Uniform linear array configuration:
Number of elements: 8
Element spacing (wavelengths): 0.25
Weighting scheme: hamming
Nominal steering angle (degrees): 15
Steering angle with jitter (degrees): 15.336
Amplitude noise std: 0.05
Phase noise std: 0.05

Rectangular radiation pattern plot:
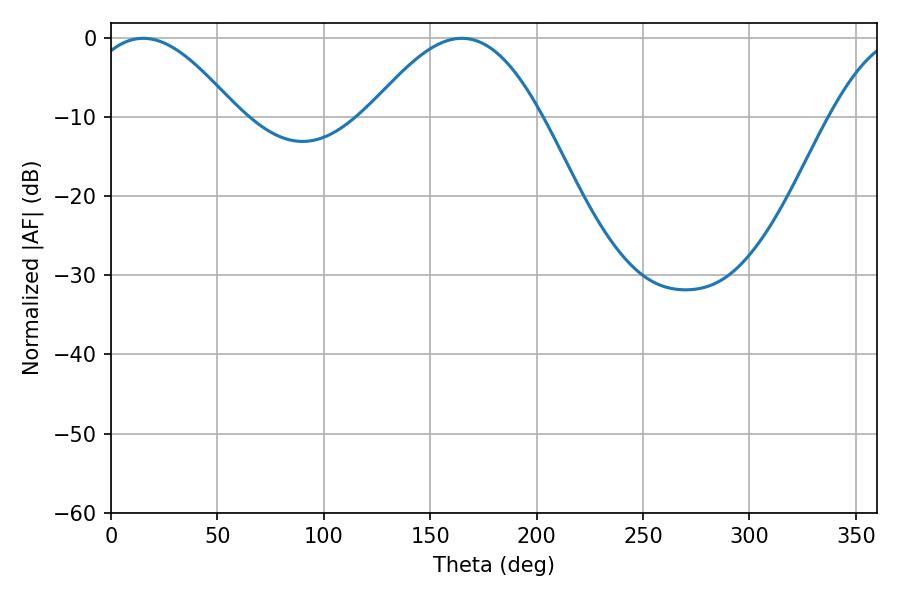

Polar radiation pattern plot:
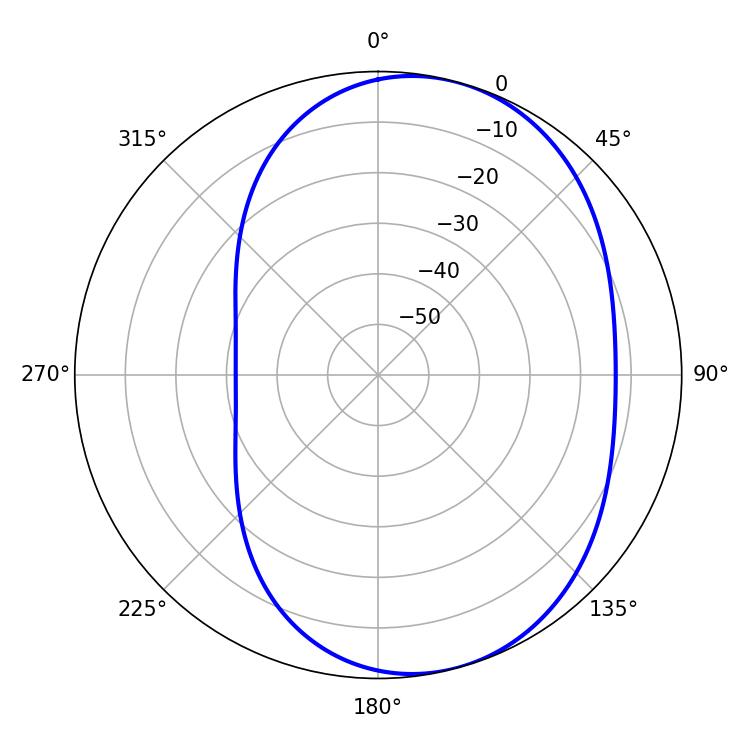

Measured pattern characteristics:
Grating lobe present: FALSE
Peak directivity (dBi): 5.895
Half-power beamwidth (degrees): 44.1
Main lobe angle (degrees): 164.88